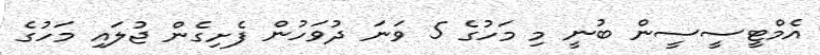
އެމްޓީސީސީން ބުނީ މި މަހުގެ 5 ވަނަ ދުވަހުން ފެށިގެން ޖުލައި މަހުގެ